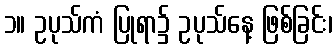
၁။ ဥပုသ်ကံ ပြုရာ၌ ဥပုသ်နေ့ ဖြစ်ခြင်း၊